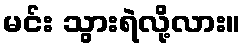
မင်း သွားရဲလို့လား။